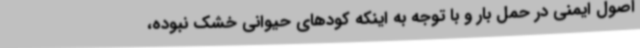
اصول ایمنی در حمل بار و با توجه به اینکه کودهای حیوانی خشک نبوده،